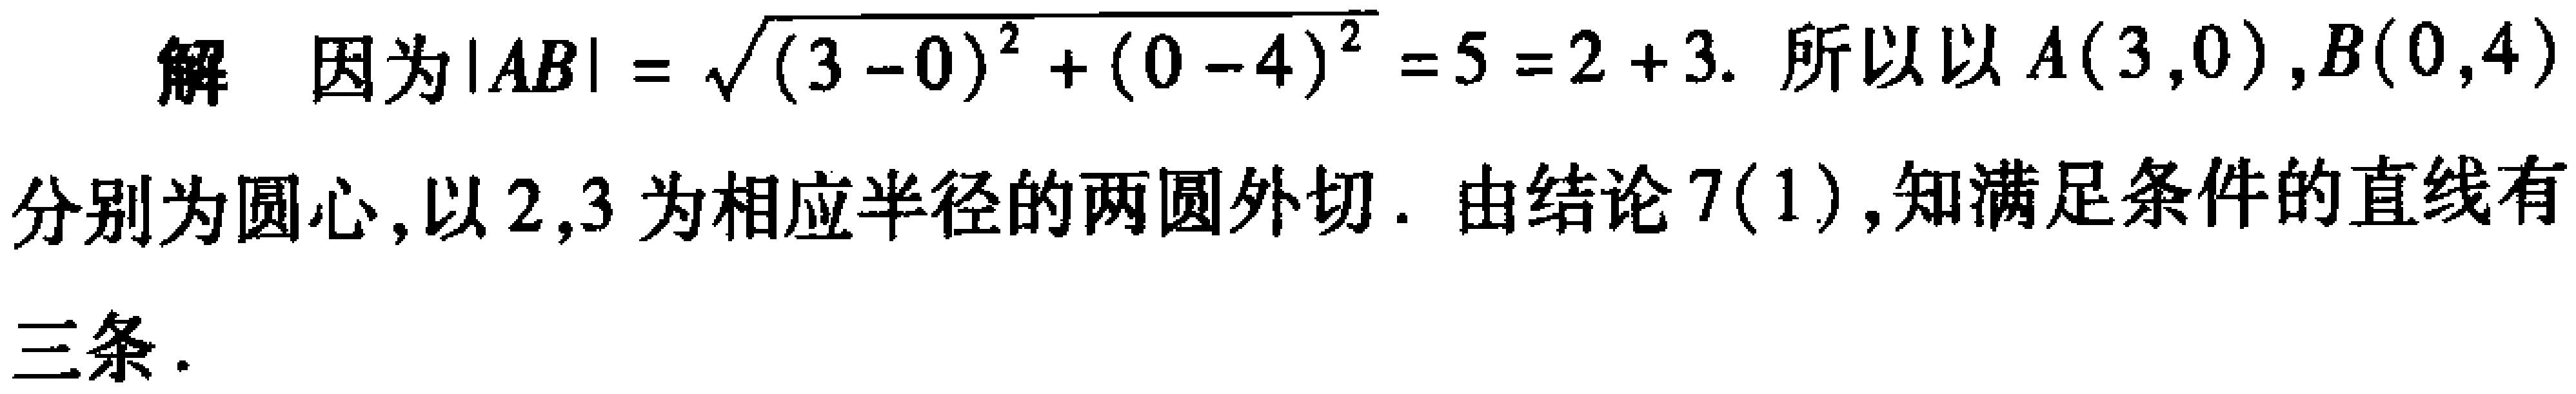
解 因为$|AB|=\sqrt{(3 - 0)^{2}+(0 - 4)^{2}}=5 = 2 + 3$. 所以以$A(3,0)$,$B(0,4)$分别为圆心,以$2,3$为相应半径的两圆外切. 由结论7(1),知满足条件的直线有三条.